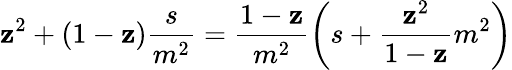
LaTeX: \mathbf{z}^{2}+(1-\mathbf{z})\frac{{s}}{{m^{2}}}=\frac{{1-\mathbf{z}}}{{m^{2}}}\left(s+\frac{{\mathbf{z}^{2}}}{{1-\mathbf{z}}}m^{2}\right)